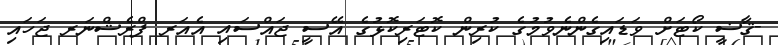
-ޤާޟީ ކޯޓަށް ވަޑައިގެންނެވުމުގެ ކުރިން ކޮޓަރިކޮޅުގެ އޭސީ ޖައްސައި އެއަރ ފްރެޝްނަރ ޖަހައި